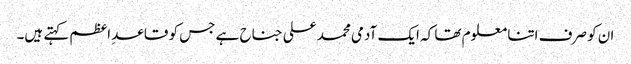
ان کو صرف اتنا معلوم تھا کہ ایک آدمی محمد علی جناح ہے جس کو قاعدِ اعظم کہتے ہیں۔